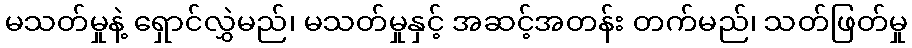
မသတ်မှုနဲ့ ရှောင်လွှဲမည်၊ မသတ်မှုနှင့် အဆင့်အတန်း တက်မည်၊ သတ်ဖြတ်မှု